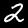
Digit: 2